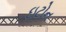
ઇટોન